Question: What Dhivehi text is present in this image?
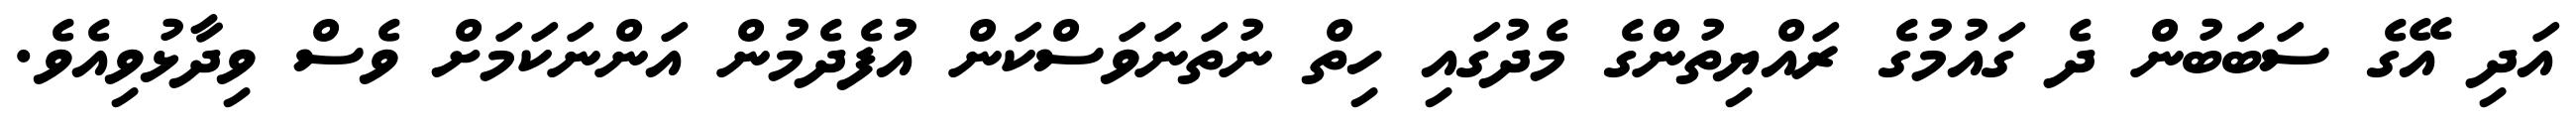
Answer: އަދި އޭގެ ސަބަބުން ދެ ގައުމުގެ ރައްޔިތުންގެ މެދުގައި ހިތް ނުތަނަވަސްކަން އުފެދެމުން އަންނަކަމަށް ވެސް ވިދާޅުވިއެވެ.